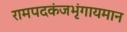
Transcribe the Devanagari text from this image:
रामपदकंजभृंगायमान